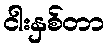
ငါးနှစ်တာ